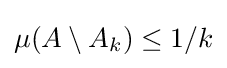
{\textstyle \mu (A\setminus A_{k})\leq 1/k}